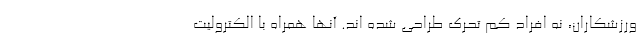
ورزشکاران، نه افراد کم تحرک طراحی شده اند. آنها همراه با الکترولیت